Document type: Sale
Year: 1423
Scribe: Joan Franc
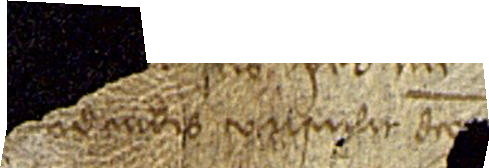
ndendis v[...]lit dicte